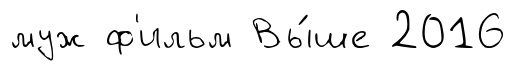
муж ф'ильм Вы́ше 2016